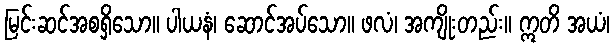
မြင်းဆင်အစရှိသော။ ပါယနံ၊ ဆောင်အပ်သော။ ဖလံ၊ အကျိုးတည်း။ ဣတိ အယံ၊